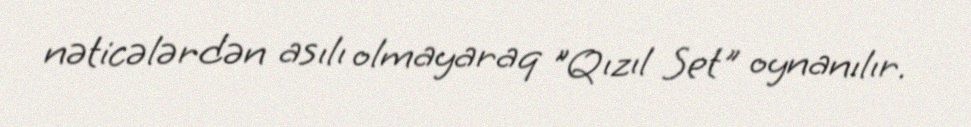
nəticələrdən asılı olmayaraq "Qızıl Set" oynanılır.